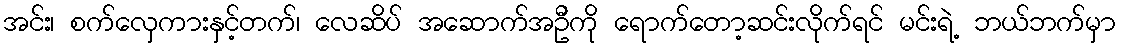
အင်း၊ စက်လှေကားနှင့်တက်၊ လေဆိပ် အဆောက်အဦကို ရောက်တော့ဆင်းလိုက်ရင် မင်းရဲ့ ဘယ်ဘက်မှာ